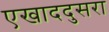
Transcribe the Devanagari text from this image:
एखाददुसरा